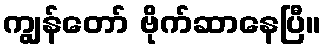
ကျွန်တော် ဗိုက်ဆာနေပြီ။